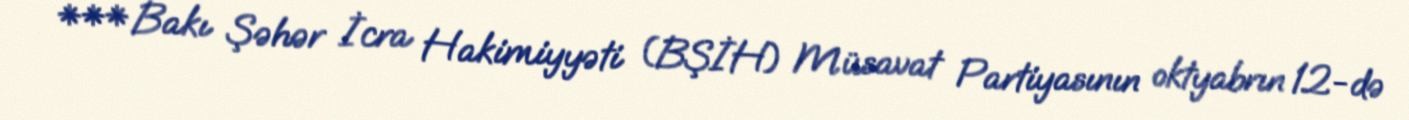
*** Bakı Şəhər İcra Hakimiyyəti (BŞİH) Müsavat Partiyasının oktyabrın 12-də